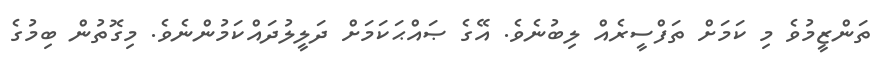
ތަންޒީމުވެ މި ކަމަށް ތަފްސީރެއް ލިބުނެވެ. އޭގެ ޞައްޙަކަމަށް ދަލީލުދައްކަމުންނެވެ. މިގޮތުން ބިމުގެ